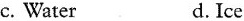
c. Water d. Ice